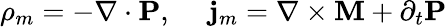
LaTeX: \rho_{m}=-\nabla\cdot\mathbf{P},\ \ \ \ \ \mathbf{j}_{m}=\nabla\times\mathbf{M}+\partial_{t}\mathbf{P}